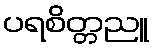
ပရစိတ္တညူ